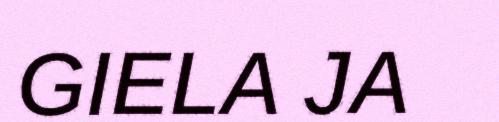
GIELA JA